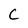
Character: C